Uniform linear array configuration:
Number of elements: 48
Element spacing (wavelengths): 0.75
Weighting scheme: hamming
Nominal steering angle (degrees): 15
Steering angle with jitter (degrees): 15.171
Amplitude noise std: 0.05
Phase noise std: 0.05

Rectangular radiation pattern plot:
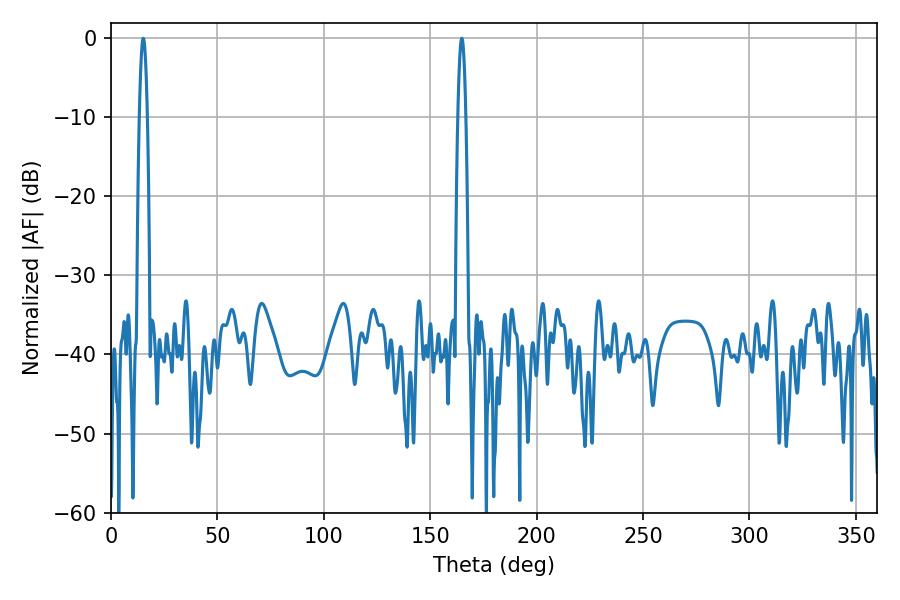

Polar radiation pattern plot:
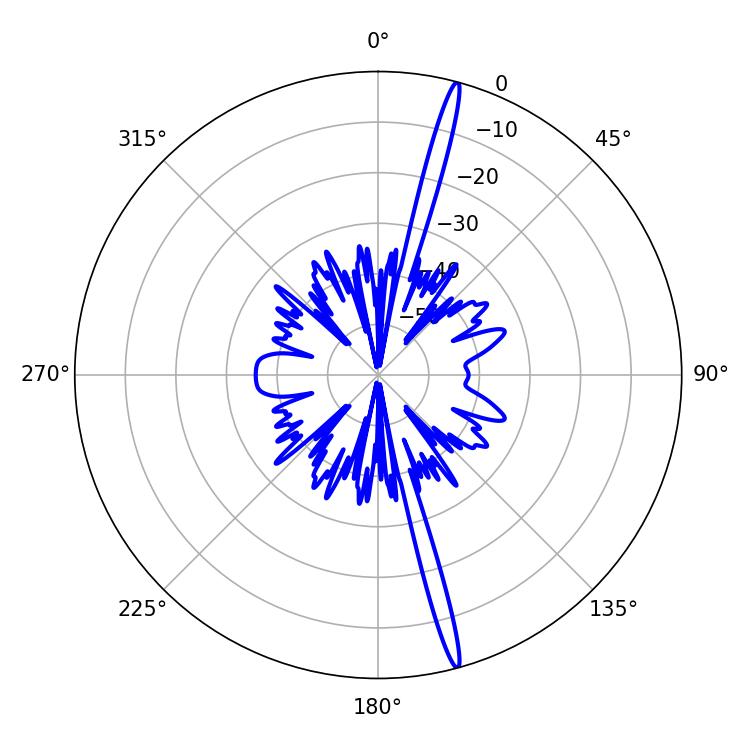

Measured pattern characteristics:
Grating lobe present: TRUE
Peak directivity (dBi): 19.836
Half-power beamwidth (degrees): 1.98
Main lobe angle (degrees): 15.12